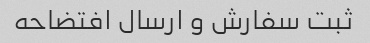
ثبت سفارش و ارسال افتضاحه